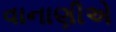
વાનાણીએ